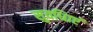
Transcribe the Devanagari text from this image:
सुवधिाएं